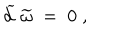
\widetilde { d } \; \widetilde { \omega } \; = \; 0 \; ,